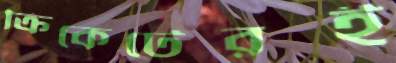
ক্রিকেটেরই